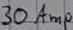
Text: 30Amp